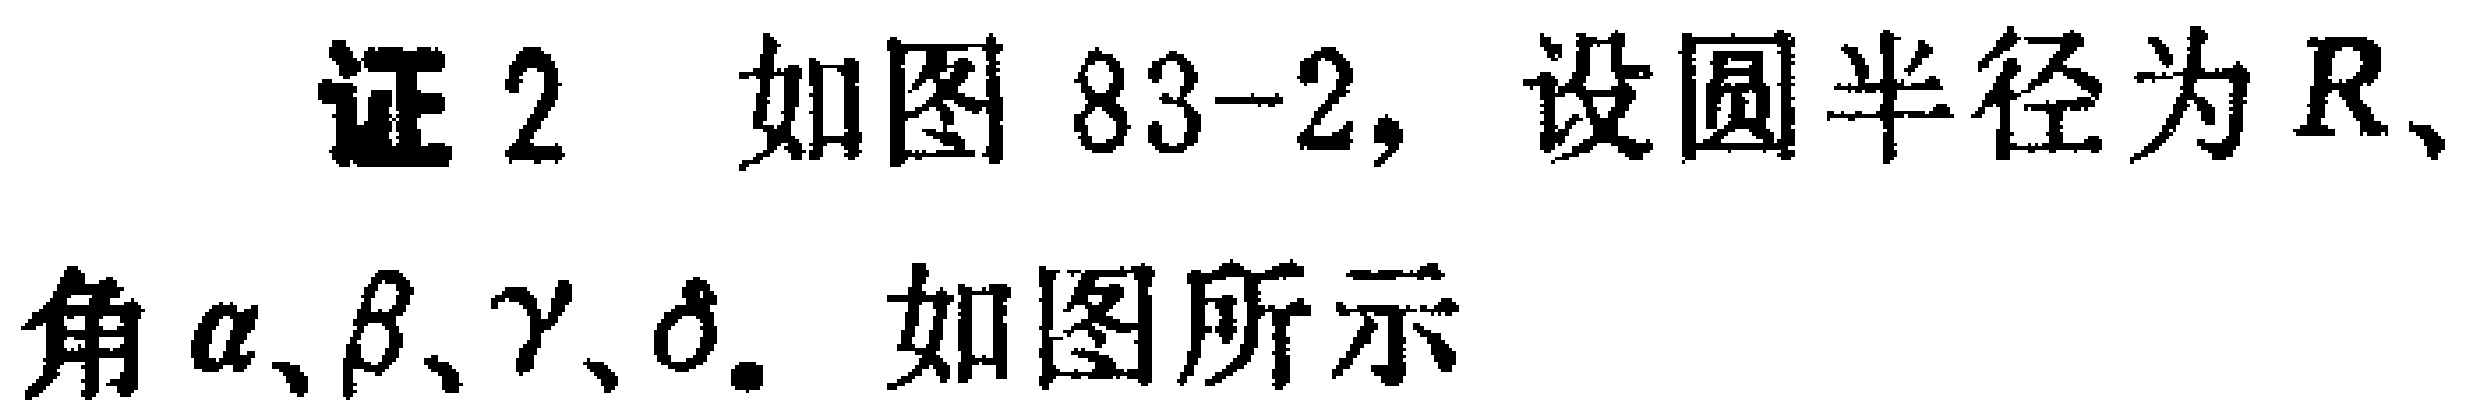
证2 如图83-2, 设圆半径为\(R\)、角\(\alpha\)、\(\beta\)、\(\gamma\)、\(\delta\). 如图所示